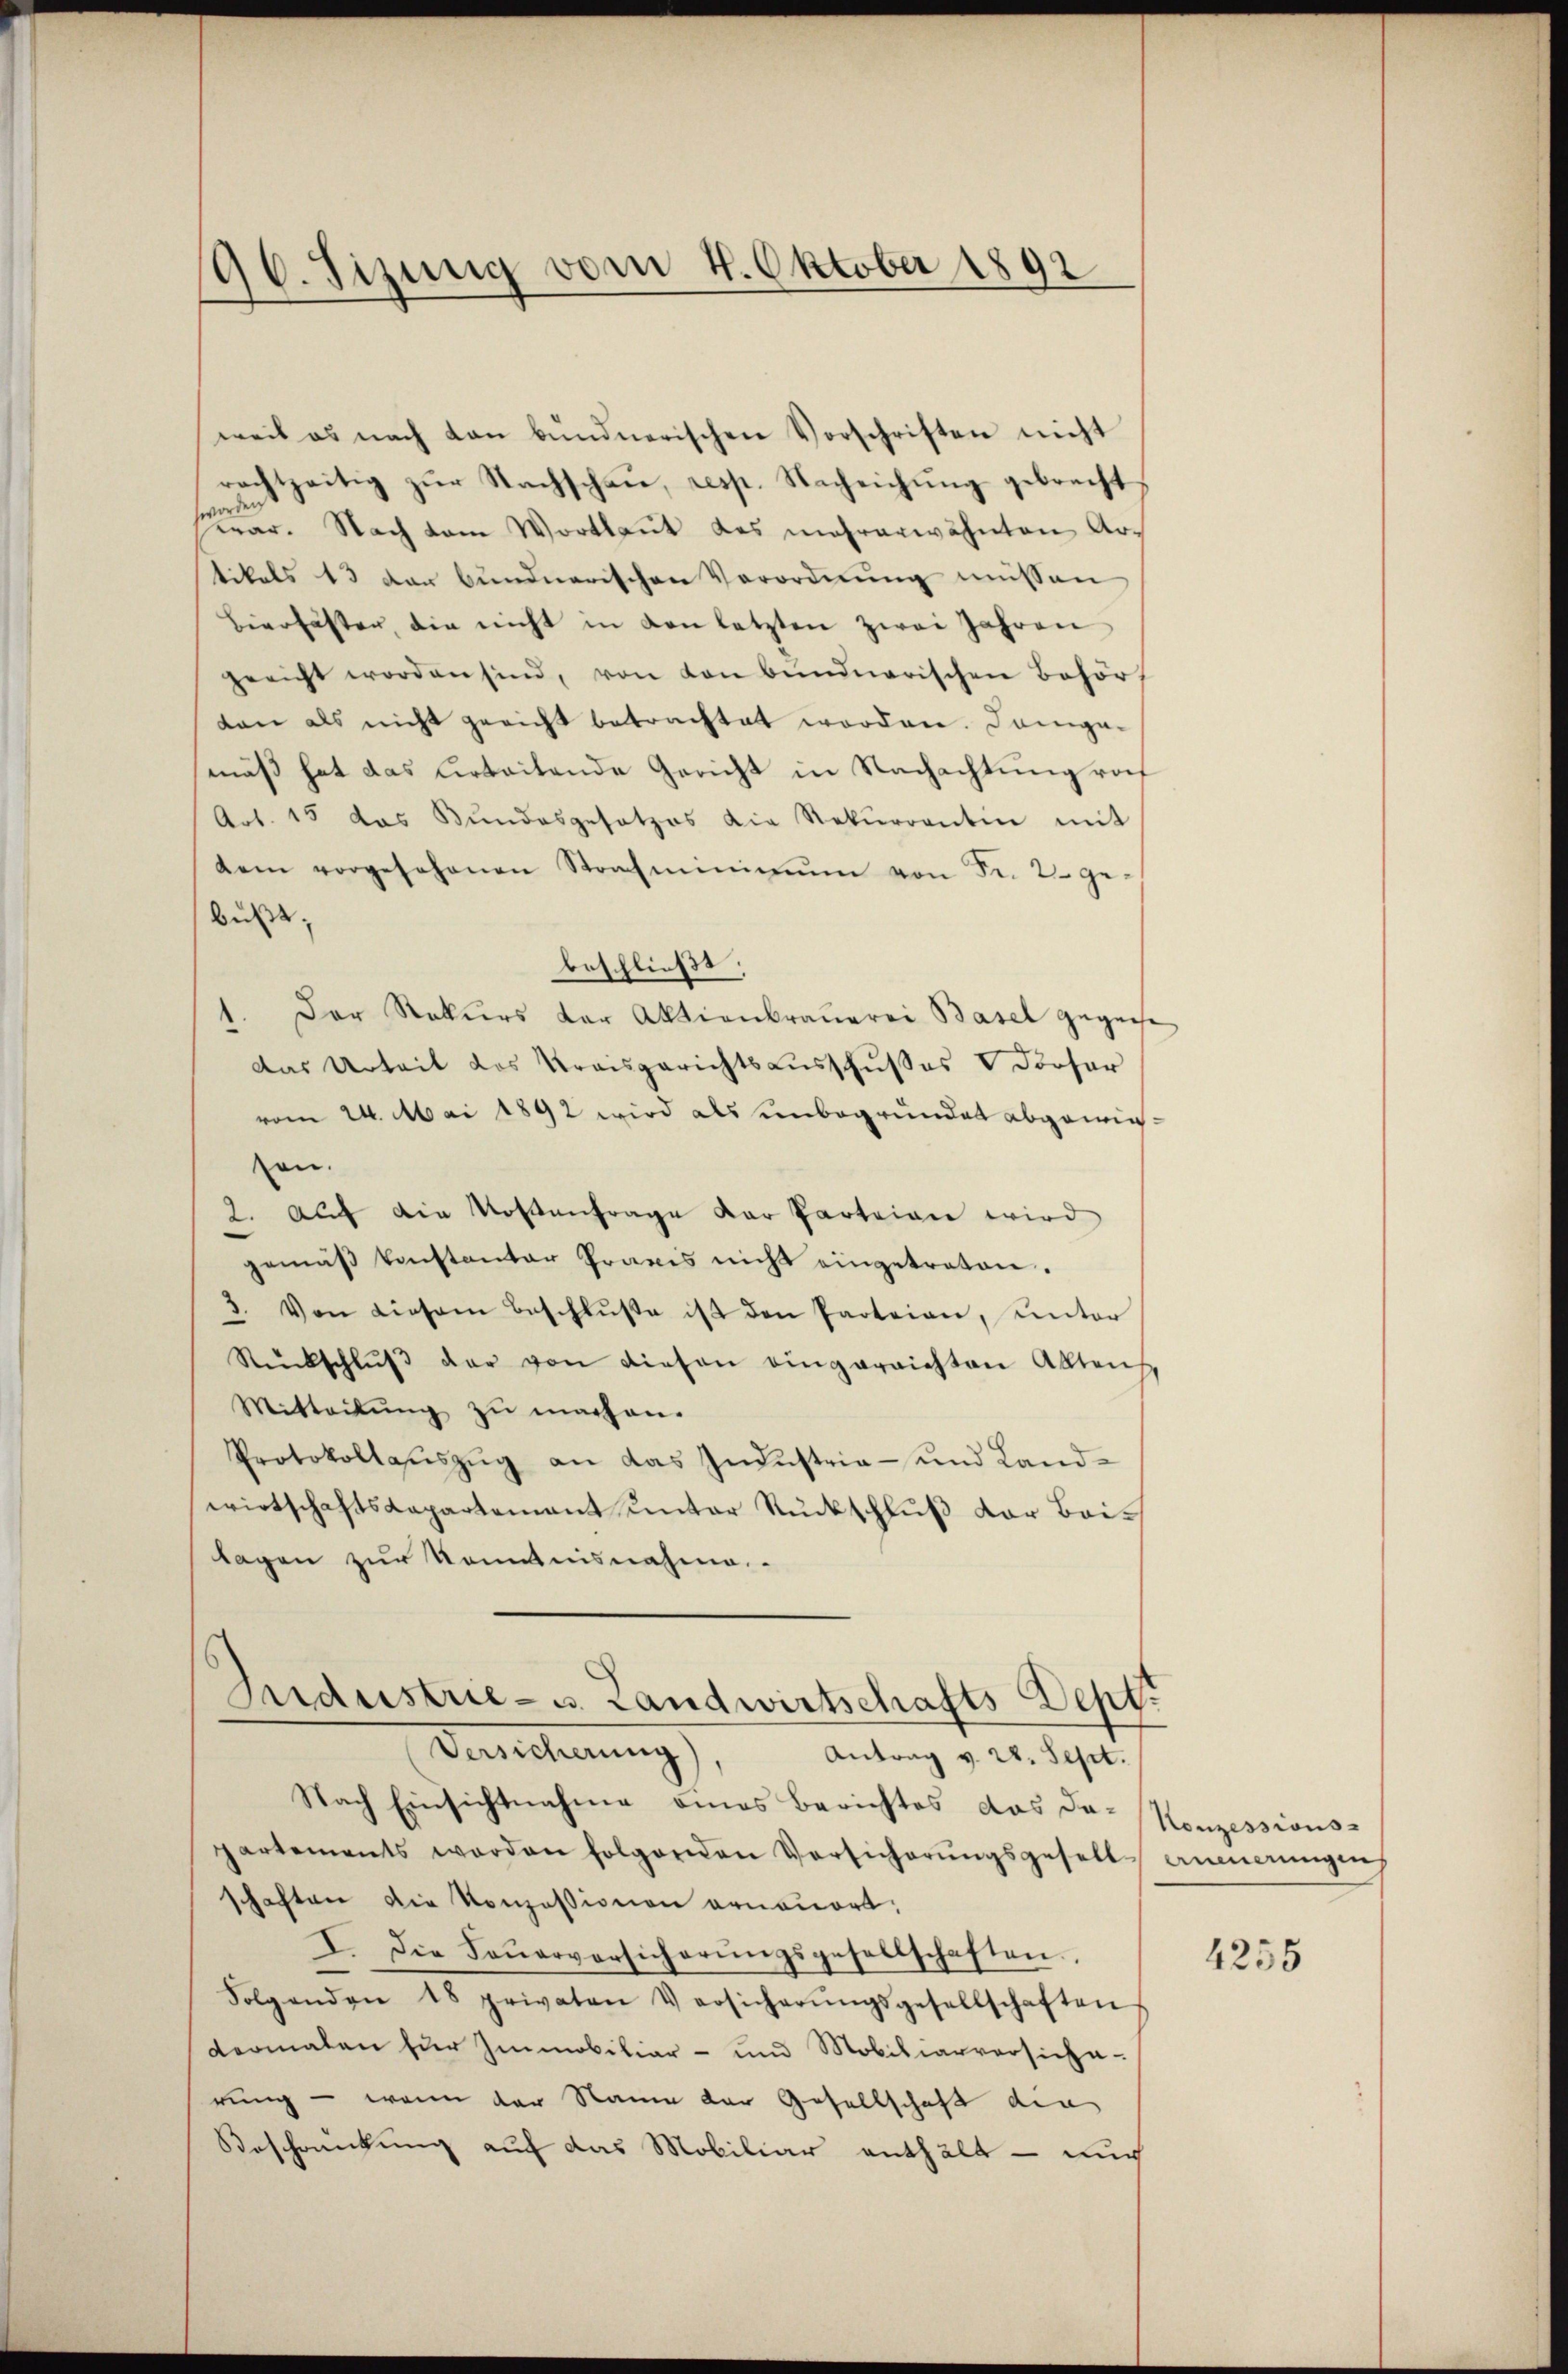
190. Sizung vom 4. Oktober 1892

weil es nach von bundnerischen Vorschriften nicht
rach zeitig zŭr Nachschaŭ, resp. Nachrichŭng gebracht
ser. Nach vom Wortlaut das mehrerwähnten Artikels 13 der bundnerischen Verordnung müssen
Bierfäster, die nicht in von letzten zwei Jahren
gericht worden sind, von von bundnerischen Behört
tan als nicht gericht betrachtet worden. Dangamäß hat das herbeitende Gericht in Nachachtung roh
Art. 15 das Bŭndesgesetzes die Rekŭrrenten mit
dem vorgesehenen Strafminimum von Fr. 2 ge-
buße.
beschließt:
Der Rekurs der Aktienkraŭerei Basel gegenst
Das Urteil des Kreisgerichtsausschußes V dörfer
vom 24. Mai 1892 wird als unbegründet abgewieson.
2. aŭf die Kostenfrage dar Parteien wird
gemäβ konstantor Praxis nicht eingetreten.
3. Von diesem Beschlŭβe ist den Parteien, unter
Rückschlŭβ der von diesen eingarnichten Alltens
Mitteilŭng zŭ machen.
Protokollasiszug an das Industria - und Landwirtschaftskapartement unter Rückschluß der Beilagen zur Kenntnisnahme
Industrie- u. Landwirtschafts Dept.
Versicherung)
Antrag v. 28. Sept.
Nach Einsichtnahme eines Berichtes das da- Konzessions-
partements werden folgenden Versicherŭngsgesell- Anmerungeng
schaften die Konzessionen ornamort.
I. Die Feŭerversicherŭngsgesellschaften.
Folgenden 18 privaten Versicherŭngsgesellschaften
dermalen für Immobiliar- und Mobiliarversicherung - wenn der Raum der Gesellschaft die
Beschreckung auf das Mobiliar enthält - auc

4255